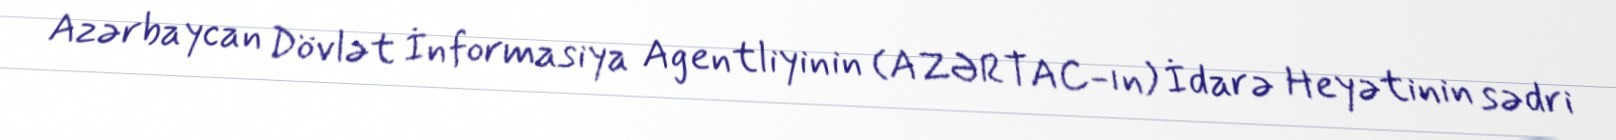
Azərbaycan Dövlət İnformasiya Agentliyinin (AZƏRTAC-ın) İdarə Heyətinin sədri